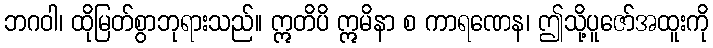
ဘဂဝါ၊ ထိုမြတ်စွာဘုရားသည်။ ဣတိပိ ဣမိနာ စ ကာရဏေန၊ ဤသို့ပူဇော်အထူးကို